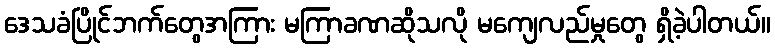
ဒေသခံပြိုင်ဘက်တွေအကြား မကြာခဏဆိုသလို မကျေလည်မှုတွေ ရှိခဲ့ပါတယ်။